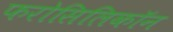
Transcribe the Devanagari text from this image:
फरोसिलिकॉन